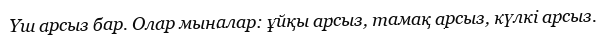
Үш арсыз бар. Олар мыналар: ұйқы арсыз, тамақ арсыз, күлкі арсыз.